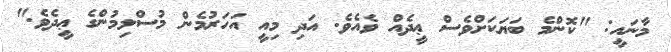
މާނައީ: "ކޮންމެ ބަޔަކަށްވެސް ޢީދެއް ވެއެވެ. އަދި މިއީ އަހަރުމެން މުސްލިމުންގެ ޢީދެވެ."